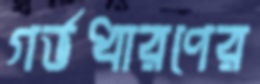
গর্ভধারণের